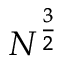
N ^ { \frac { 3 } { 2 } }